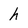
Character: h